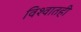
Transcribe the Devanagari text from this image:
विश्वातही